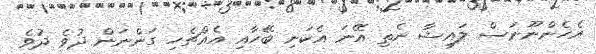
އެހެންނޫނަސް ލައިޝާ ނެތި އޭނަ އެކަނި ބޭހާއި އެއްޗެހި ގަންނަން ދުވެ ދުވެ